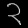
Digit: ၃